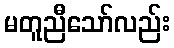
မတူညီသော်လည်း